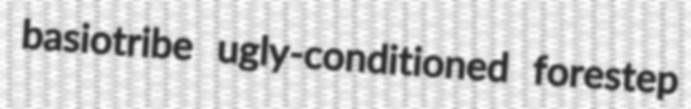
basiotribe ugly-conditioned forestep